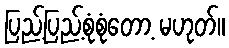
ပြည့်ပြည့်စုံစုံတော့ မဟုတ်။